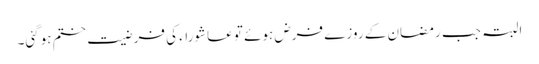
البتہ جب رمضان کے روزے فرض ہوئے تو عاشوراء کی فرضیت ختم ہوگئی۔